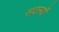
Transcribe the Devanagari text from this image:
सदस्यॊं